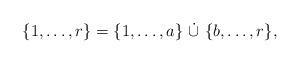
LaTeX: \begin{align*}\{1, \dots, r\}=\{ 1, \dots, a\} \ \dot\cup \ \{ b, \dots, r \},\end{align*}